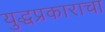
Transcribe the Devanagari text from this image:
युद्धप्रकाराचा